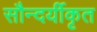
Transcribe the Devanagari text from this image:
सौन्दर्यीकृत